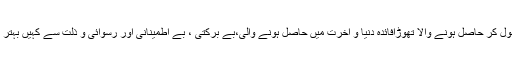
سچ بول کر حاصل ہونے والا تھوڑافائدہ دنیا و آخرت میں حاصل ہونے والی،بے برکتی ، بے اطمینانی اور رسوائی و ذلت سے کہیں بہتر ہے ۔